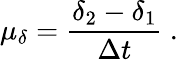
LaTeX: \mu_{\delta}={\frac{\delta_{2}-\delta_{1}}{\Delta t}}\ .